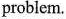
problem.